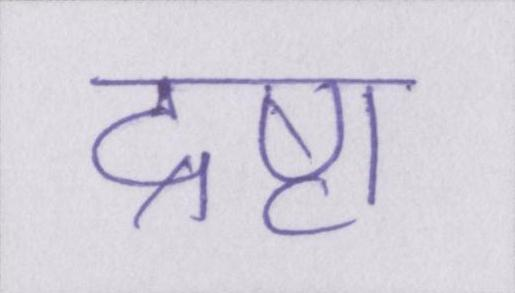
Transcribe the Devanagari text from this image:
द्रष्टा